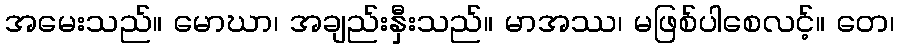
အမေးသည်။ မောဃာ၊ အချည်းနှီးသည်။ မာအဿ၊ မဖြစ်ပါစေလင့်။ တေ၊